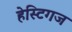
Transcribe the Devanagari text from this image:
हेस्टिगज